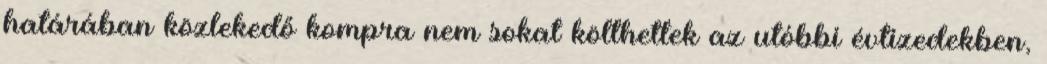
határában közlekedő kompra nem sokat költhettek az utóbbi évtizedekben,